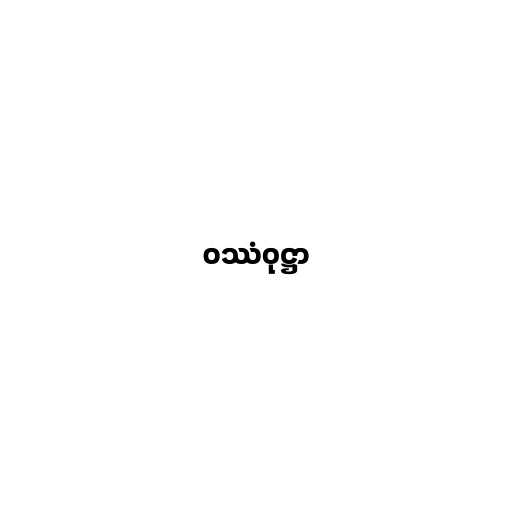
ဝဿံဝုဋ္ဌာ